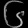
Digit: ၆